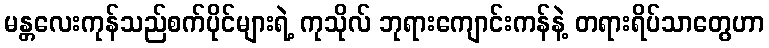
မန္တလေးကုန်သည်စက်ပိုင်များရဲ့ ကုသိုလ် ဘုရားကျောင်းကန်နဲ့ တရားရိပ်သာတွေဟာ